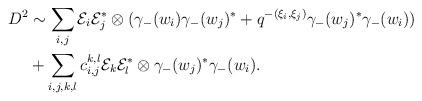
LaTeX: \begin{align*}D^2& \sim \sum_{i, j} \mathcal{E}_i \mathcal{E}_j^* \otimes (\gamma_{-}(w_i) \gamma_{-}(w_j)^* + q^{-(\xi_i, \xi_j)} \gamma_{-}(w_j)^* \gamma_{-}(w_i)) \\& + \sum_{i, j, k, l} c_{i, j}^{k, l} \mathcal{E}_k \mathcal{E}_l^* \otimes \gamma_{-}(w_j)^* \gamma_{-}(w_i).\end{align*}